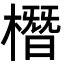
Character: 橬